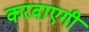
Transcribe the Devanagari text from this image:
करवाएगी